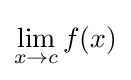
\lim _{x\to c}f(x)